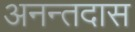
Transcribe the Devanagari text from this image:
अनन्तदास